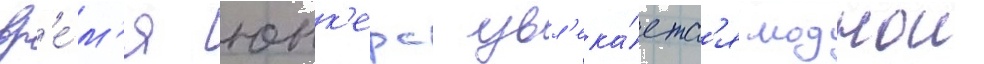
вр'е́м'я юнк'ерс увл'ека́етс'я моднои